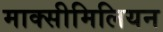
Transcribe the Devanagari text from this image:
माक्सीमिलियन